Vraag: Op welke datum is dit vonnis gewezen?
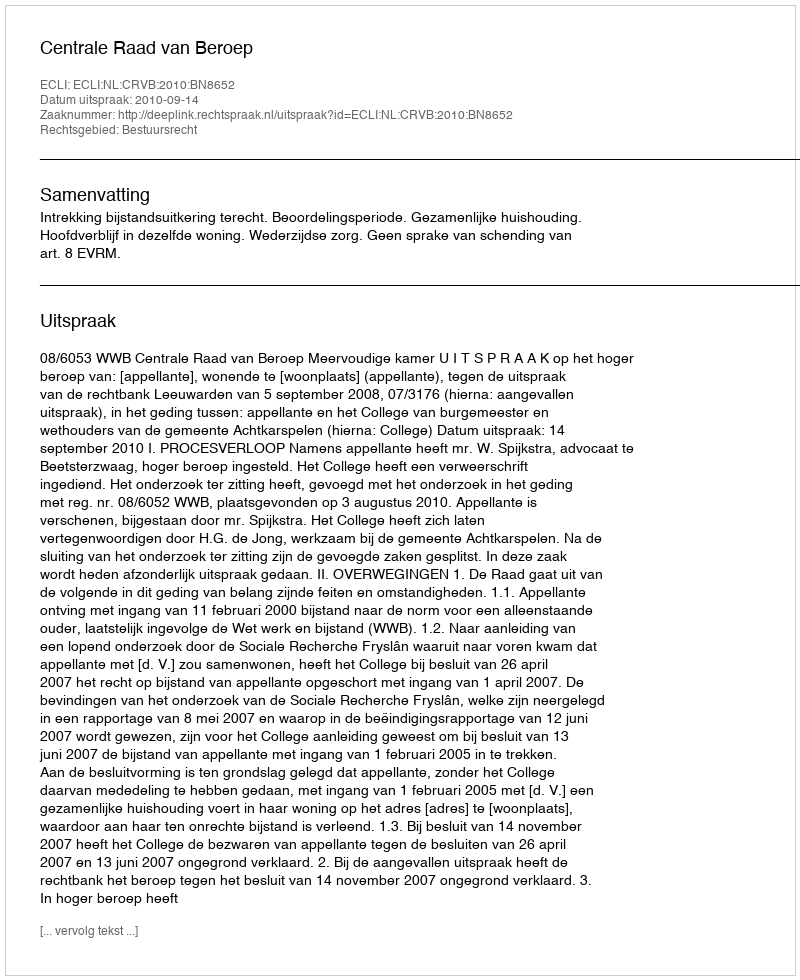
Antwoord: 2010-09-14